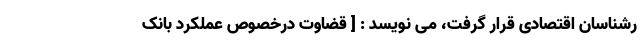
رشناسان اقتصادی قرار گرفت، می نویسد : [ قضاوت درخصوص عملکرد بانک